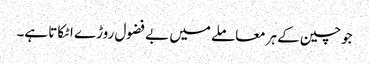
جوچین کے ہرمعاملے میں بے فضول روڑے اٹکاتا ہے۔